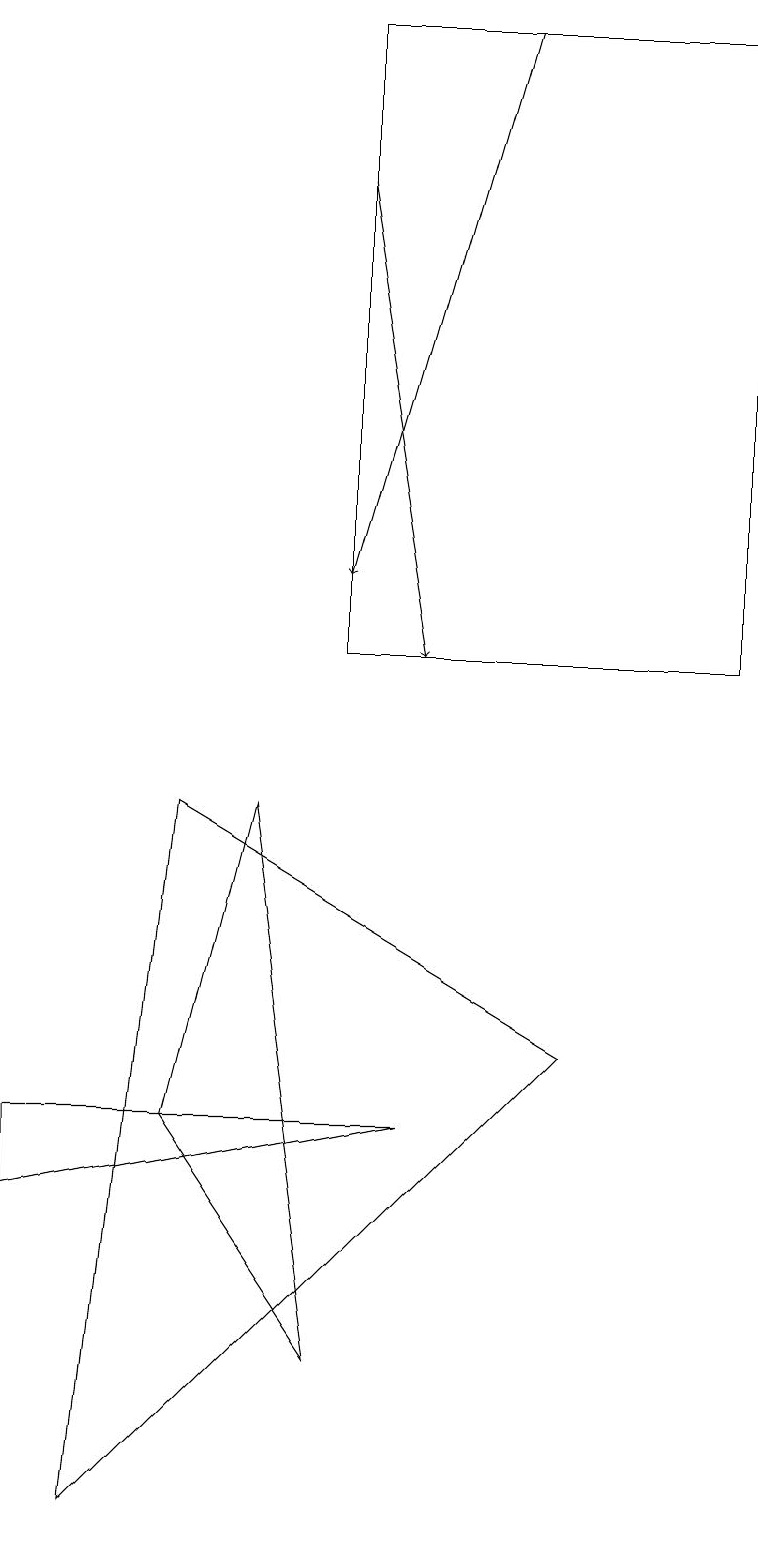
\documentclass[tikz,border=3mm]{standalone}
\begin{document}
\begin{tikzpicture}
\draw (2,5) -- (3,9) -- (4,2) -- cycle;
\draw (9,19) rectangle (4,11);
\draw (1,0) -- (2,9) -- (7,6) -- cycle;
\draw[->] (4,17) -- (5,11);
\draw[->] (6,19) -- (4,12);
\draw (0,4) -- (0,5) -- (5,5) -- cycle;
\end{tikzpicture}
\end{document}